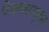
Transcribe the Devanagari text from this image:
पेशवामहल